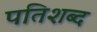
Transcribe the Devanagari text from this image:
पतिशब्द